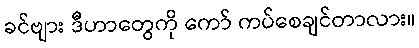
ခင်ဗျား ဒီဟာတွေကို ကော် ကပ်စေချင်တာလား။